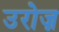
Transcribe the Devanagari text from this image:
उरोज़